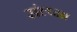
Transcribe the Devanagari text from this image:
संल्प्ना